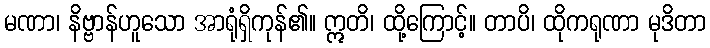
မဏာ၊ နိဗ္ဗာန်ဟူသော အာရုံရှိကုန်၏။ ဣတိ၊ ထို့ကြောင့်။ တာပိ၊ ထိုကရုဏာ မုဒိတာ